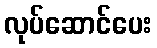
လုပ်ဆောင်ပေး